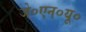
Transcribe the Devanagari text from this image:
जे०एन०यू०